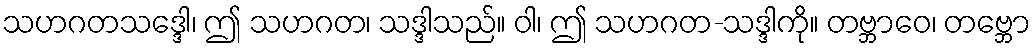
သဟဂတသဒ္ဒေါ၊ ဤ သဟဂတ၊ သဒ္ဒါသည်။ ဝါ၊ ဤ သဟဂတ-သဒ္ဒါကို။ တဗ္ဘာဝေ၊ တဗ္ဘော